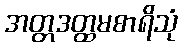
အတ္တဒတ္ထမစာရိသုံ